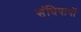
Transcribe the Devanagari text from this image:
संधिपापों